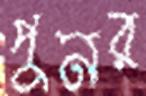
পুনর